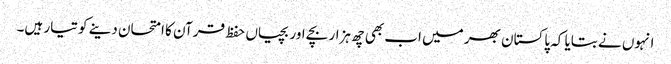
انہوں نے بتایا کہ پاکستان بھر میں اب بھی چھ ہزار بچے اور بچیاں حفظ قرآن کا امتحان دینے کو تیار ہیں۔